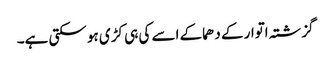
گزشتہ اتوار کے دھماکے اسے کی ہی کڑی ہو سکتی ہے۔